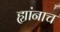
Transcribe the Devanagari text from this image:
ह्यांनाच